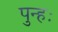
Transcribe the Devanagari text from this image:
पुन्हः